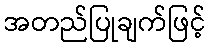
အတည်ပြုချက်ဖြင့်